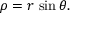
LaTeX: \rho = r \, \sin \theta .